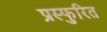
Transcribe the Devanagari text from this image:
प्रस्फुरित